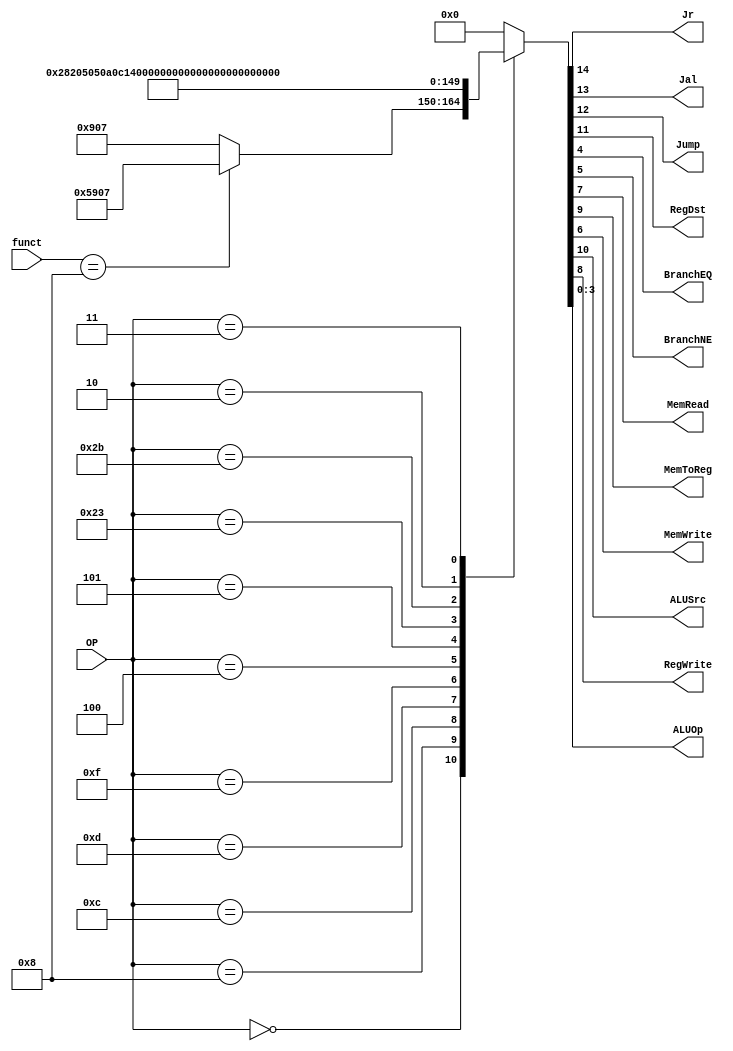
/******************************************************************
* Description
*	This is control unit for the MIPS processor. The control unit is 
*	in charge of generation of the control signals. Its only input 
*	corresponds to opcode from the instruction.
*	1.0
* Author:
*	Dr. Jos Luis Pizano Escalante
* email:
*	luispizano@iteso.mx
* Date:
*	01/03/2014
******************************************************************/
module Control
(
	input [5:0] OP,
	input [5:0] funct, 
	
   output Jr,
   output Jal,
   output Jump,
	output RegDst,	
	output BranchEQ,
	output BranchNE,
	output MemRead,
	output MemToReg,
	output MemWrite,
	output ALUSrc,
	output RegWrite,
	output [3:0]ALUOp
);

localparam R_Type      = 0;
localparam I_Type_ADDI = 6'h8;
localparam I_Type_ORI  = 6'hd;
localparam I_Type_LUI  = 6'hf;
localparam I_Type_ANDI = 6'hc;
localparam I_Type_LW   = 6'h23;
localparam I_Type_SW   = 6'h2b;
localparam I_Type_BEQ  = 6'h4;
localparam I_Type_BNE  = 6'h5;
localparam J_Type_J    = 6'h2;
localparam J_Type_JAL  = 6'h3;


reg [14:0] ControlValues;	//15 control values

always@(OP or funct) begin
	casex(OP)
	
      R_Type     : ControlValues = (funct == 6'h8) ?
											  15'b1_011_001_00_00_0111 :	//jr 
											  15'b0_001_001_00_00_0111;	//or just r 
      I_Type_ADDI: ControlValues = 15'b0_000_101_00_00_0100;
      I_Type_ANDI: ControlValues = 15'b0_000_101_00_00_0101;
      I_Type_ORI : ControlValues = 15'b0_000_101_00_00_0110;
      I_Type_LUI : ControlValues = 15'b0_000_101_00_00_0011;
      I_Type_BEQ : ControlValues = 15'b0_000_000_00_01_1000;
      I_Type_BNE : ControlValues = 15'b0_000_000_00_10_1001;
      I_Type_LW  : ControlValues = 15'b0_000_111_10_00_1010;
      I_Type_SW  : ControlValues = 15'b0_000_100_01_00_1011;
      J_Type_J   : ControlValues = 15'b0_010_000_00_00_0001;
      J_Type_JAL : ControlValues = 15'b0_110_001_00_00_0010;
		
		default:
			ControlValues= 15'b0;
		endcase
end	


  assign Jr       = ControlValues[14];  
  assign Jal      = ControlValues[13];  
  assign Jump     = ControlValues[12]; 
  assign RegDst   = ControlValues[11];  
  assign ALUSrc   = ControlValues[10]; 
  assign MemToReg = ControlValues[9];  
  assign RegWrite = ControlValues[8];   
  assign MemRead  = ControlValues[7];   
  assign MemWrite = ControlValues[6];   
  assign BranchNE = ControlValues[5];   
  assign BranchEQ = ControlValues[4];  
  assign ALUOp    = ControlValues[3:0];

endmodule
//control//